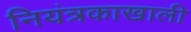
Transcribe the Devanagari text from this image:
नियंत्रकाखाली